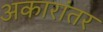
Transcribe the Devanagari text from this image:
अकारांतर